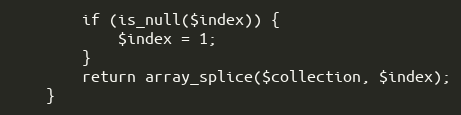
Language: PHP
        if (is_null($index)) {
            $index = 1;
        }
        return array_splice($collection, $index);
    }